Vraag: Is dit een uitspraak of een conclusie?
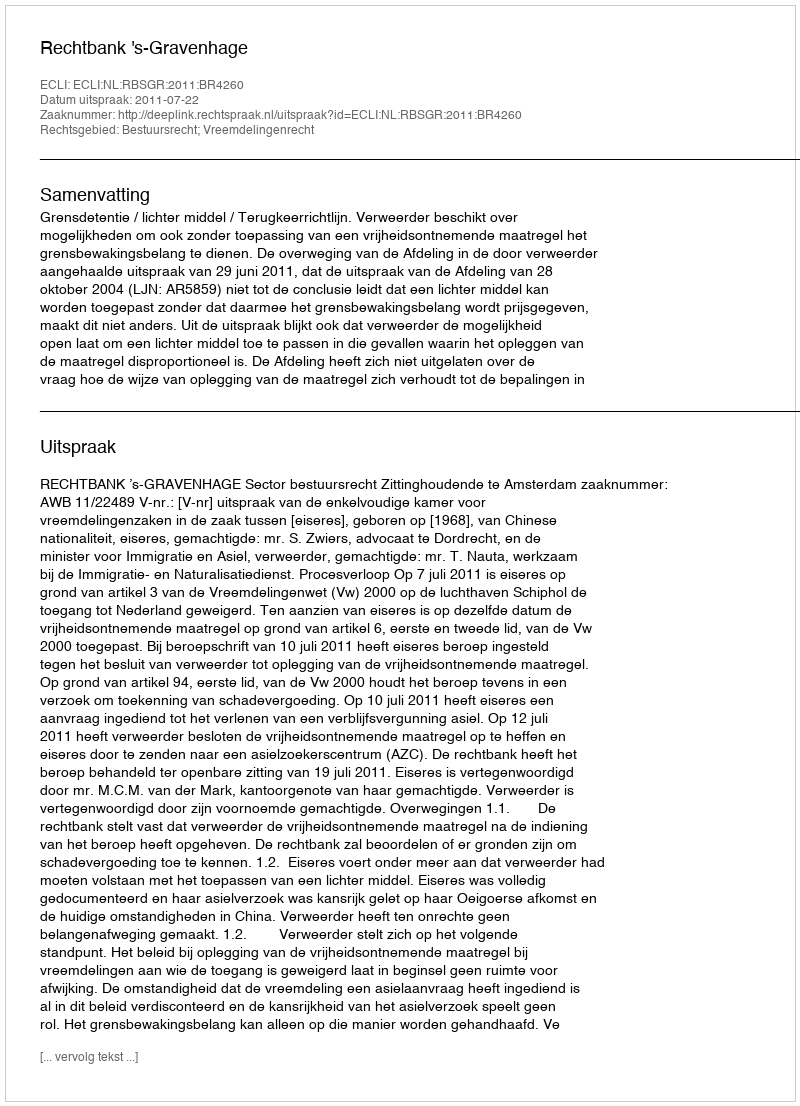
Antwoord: Uitspraak